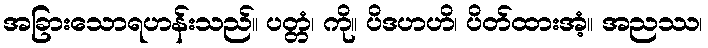
အခြားသောရဟန်းသည်။ ပတ္တံ၊ ကို။ ပိဒဟဟိ၊ ပိတ်ထားအံ့။ အညဿ၊